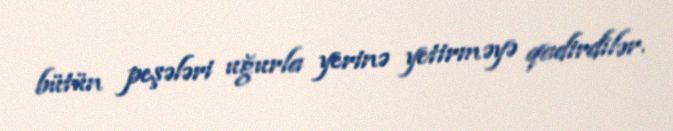
bütün peşələri uğurla yerinə yetirməyə qadirdilər.